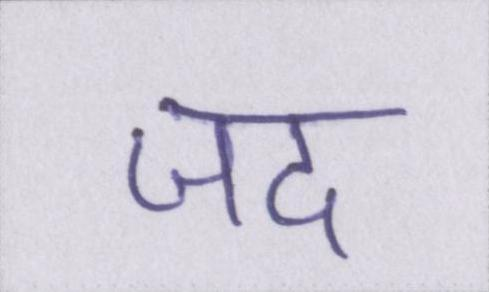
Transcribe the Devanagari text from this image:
जद